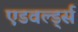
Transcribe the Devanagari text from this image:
एडवर्ल्ड्स